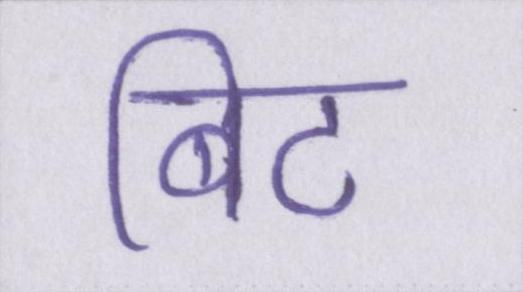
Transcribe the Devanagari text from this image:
बिट